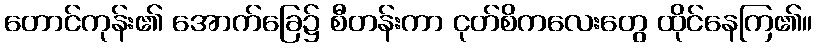
တောင်ကုန်း၏ အောက်ခြေ၌ စီတန်းကာ ငုတ်စိကလေးတွေ ထိုင်နေကြ၏။